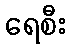
ရေစီး